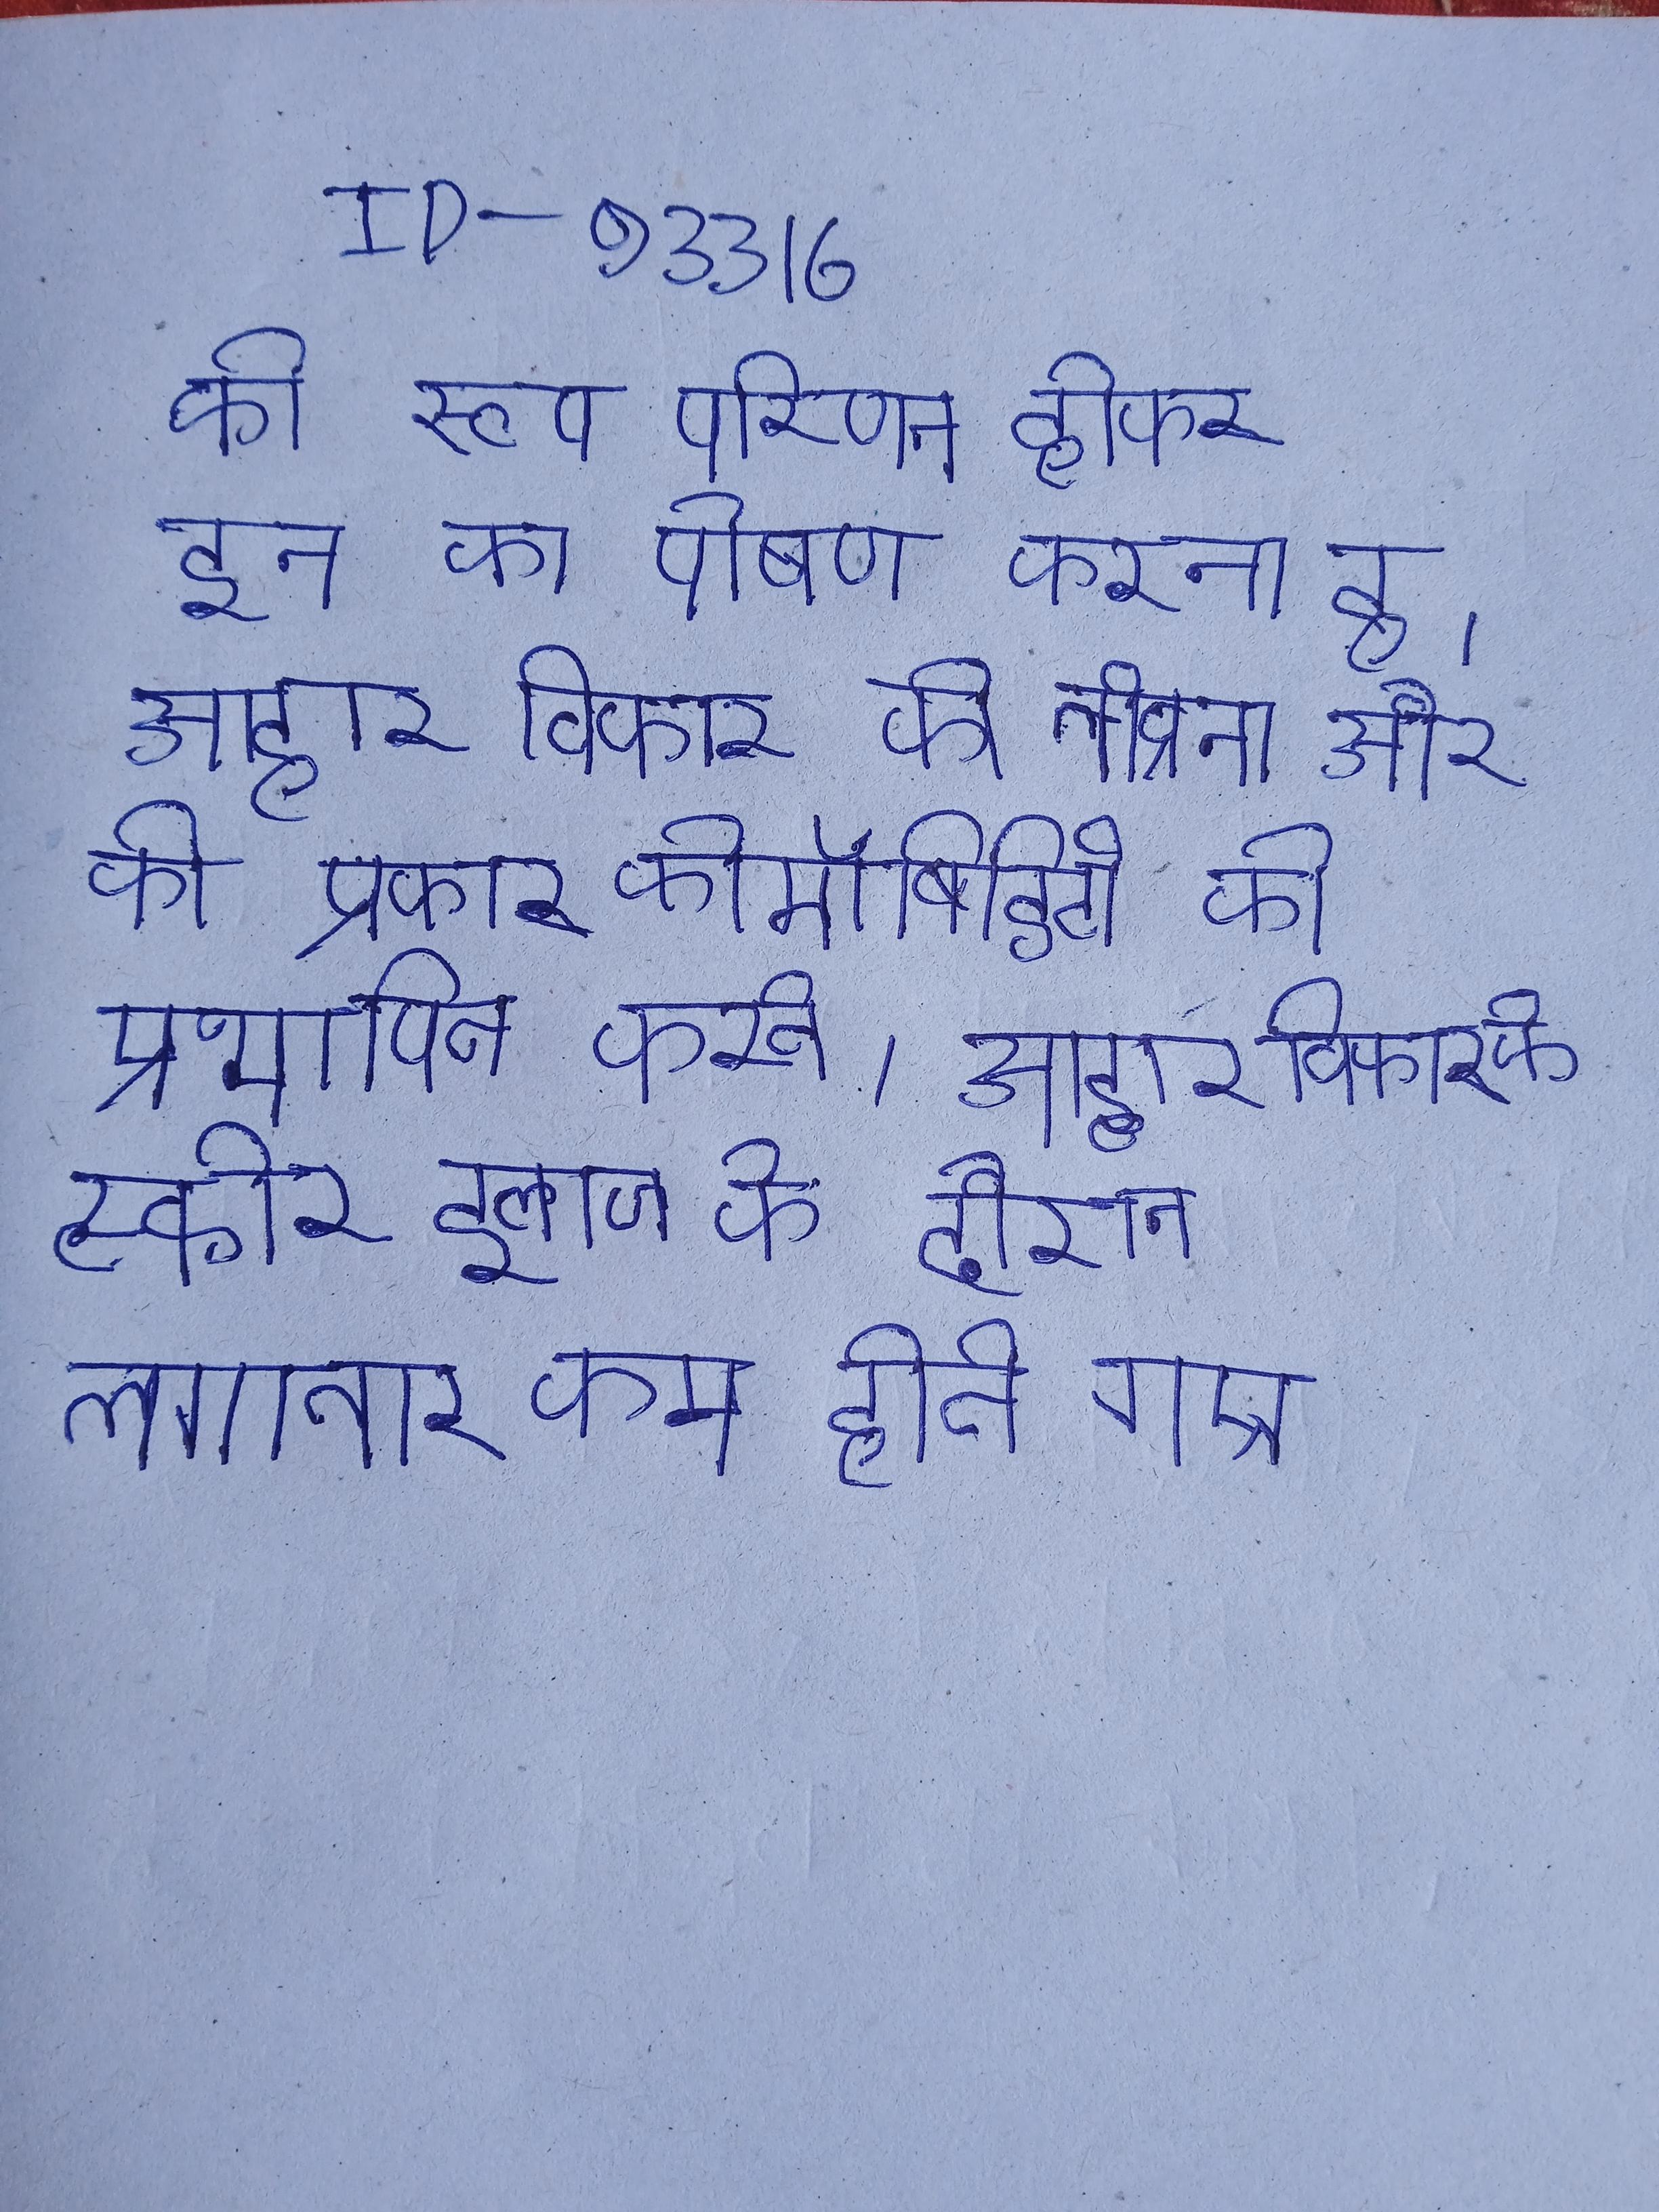
आखिरकार इस का नाम एलिस इन चेन्स रखा गया । आखिरकार, की घोषणा की और तीन भारत की आवश्यकता होगी, एक लक्ष्य है कि "व्यावहारिक रूप से गायब हो गई" जब व्यापारी पोलार्ड के लिए हमारी दूसरी था दिया है ।